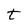
Character: t